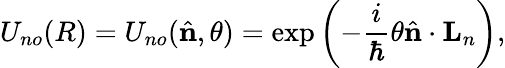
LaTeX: U_{no}(R)=U_{no}({\hat{\mathbf{n}}},\theta)=\exp\left(-\frac{i}{\hbar}\theta{\hat{\mathbf{n}}}\cdot{\mathbf{L}}_{n}\right),